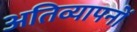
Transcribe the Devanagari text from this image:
अतिव्यापनों